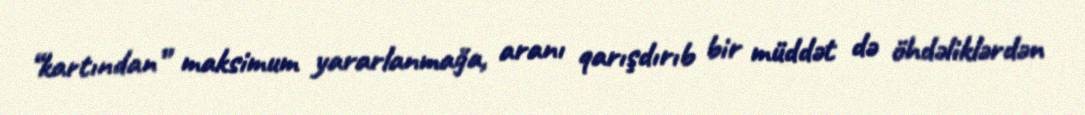
“kartından” maksimum yararlanmağa, aranı qarışdırıb bir müddət də öhdəliklərdən